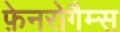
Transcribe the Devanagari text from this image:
फ़ेनरोगैम्स